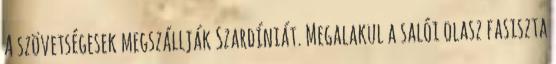
A szövetségesek megszállják Szardíniát. Megalakul a salói olasz fasiszta